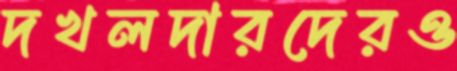
দখলদারদেরও